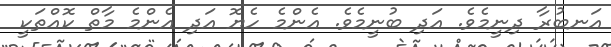
އަނބުރާ ދިނީމެވެ. އަދި ބުނީމެވެ. އެންމެ ހެޔޮ އަދި އެންމެ މާތް ކޮއްތަކީ